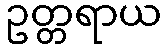
ဥတ္တရာယ